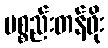
ပစ္စည်းတန်ဖိုး